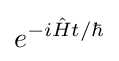
e^{-i{\hat {H}}t/\hbar }